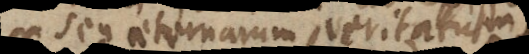
seu aeternarum veritatum